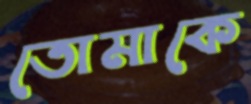
তোমাকে